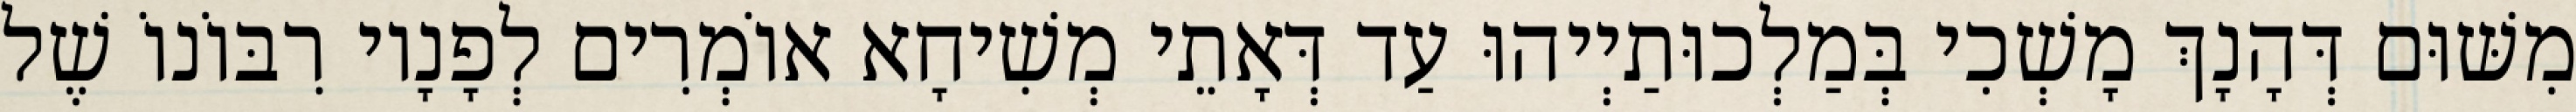
מִשּׁוּם דְּהָנָךְ מָשְׁכִי בְּמַלְכוּתַיְיהוּ עַד דְּאָתֵי מְשִׁיחָא אוֹמְרִים לְפָנָיו רִבּוֹנוֹ שֶׁל